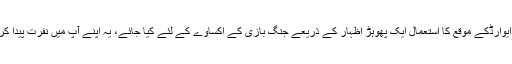
بھٹناگر ایوارڈکے موقع کا استعمال ایک پھوہڑ اظہار کے ذریعے جنگ بازی کے اکساوے کے لئے کیا جائے، یہ اپنے آپ میں نفرت پیدا کرتی ہے۔